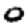
Digit: 0